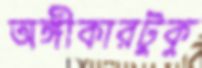
অঙ্গীকারটুকু